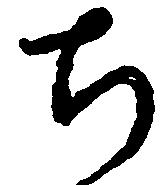
ち